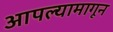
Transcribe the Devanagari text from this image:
आपल्यामागून